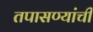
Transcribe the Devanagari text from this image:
तपासण्यांची